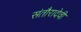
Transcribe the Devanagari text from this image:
संतौरादेवी